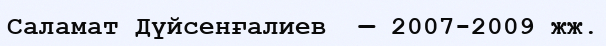
Саламат Дүйсенғалиев  — 2007-2009 жж.